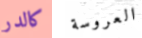
كالدر العروسة